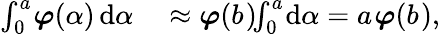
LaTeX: \begin{array}{rl}{\int_{0}^{a_{}}\! \! \, \boldsymbol{\varphi}(\alpha{})\, \mathrm{d}\alpha{}}&{{}\approx\boldsymbol{\varphi}(b_{})\! \! \int_{0}^{a_{}}\! \mathrm{d}\alpha{}=a_{}\boldsymbol{\varphi}(b_{}),}\end{array}